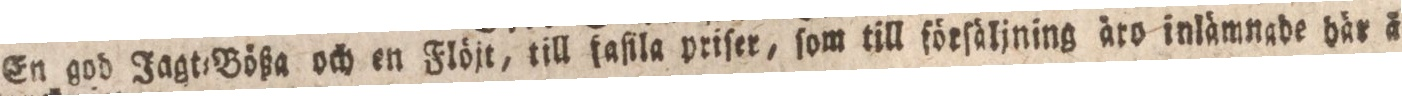
En god Jagt=Bößa och en Flöjt, till faſila priſer, ſom till förſäljning äro inlämnade här å